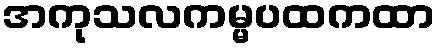
အကုသလကမ္မပထကထာ